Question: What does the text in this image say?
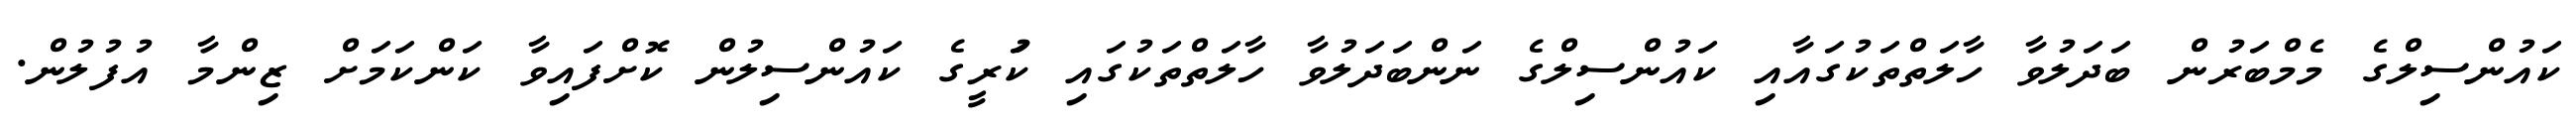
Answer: ކައުންސިލްގެ މެމްބަރުން ބަދަލުވާ ހާލަތްތަކުގައާއި ކައުންސިލްގެ ނަންބަދަލުވާ ހާލަތްތަކުގައި ކަުރީގެ ކައުންސިލުން ކޮށްފައިވާ ކަންކަމަށް ޒިންމާ އުފުލުން.